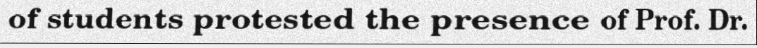
of students protested the presence of Prof. Dr.